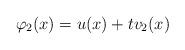
LaTeX: \begin{align*}\varphi_2(x)=u(x)+tv_2(x) \end{align*}